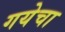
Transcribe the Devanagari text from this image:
गयेचा